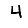
Digit: 4